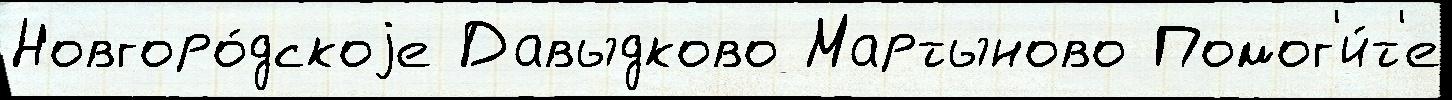
Новгоро́дскоjе Давыдково Мартыново Помог'и́т'е